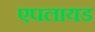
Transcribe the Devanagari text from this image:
एपलायड